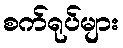
စက်ရုပ်များ